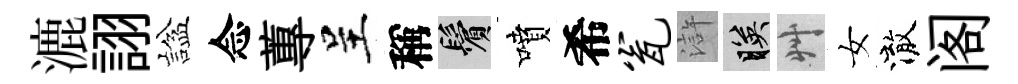
漉詡諡念蓴呈稱鬢噴希瓮滸映艸女澈阁